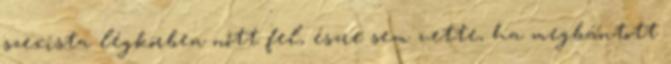
szexista légkörben nőtt fel, észre sem vette, ha megbántott